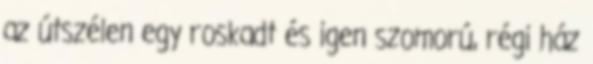
az útszélen egy roskadt és igen szomorú, régi ház